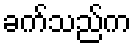
ခက်သည်က